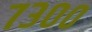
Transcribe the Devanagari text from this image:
७३००